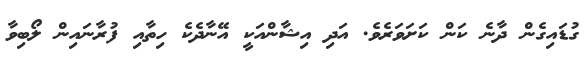
ގުޑައިގެން ދާނެ ކަން ކަށަވަރެވެ. އަދި އިޝާންއަކީ އޭނާދެކެ ހިތާއި ފުރާނައިން ލޯބިވާ